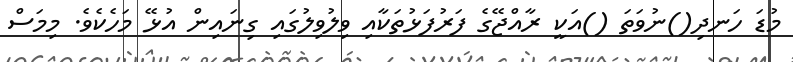
މުޑަ ހަނދި()ނުވަތަ ()އަކީ ރާއްޖޭގެ ފަރުފަޅުތަކާއި ވިލުވިލުގައި ގިނައިން އުޅޭ މަހެކެވެ. މިމަސް